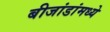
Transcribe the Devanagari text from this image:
बीजांडांमध्ये